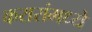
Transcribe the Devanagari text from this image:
करारांमध्ये